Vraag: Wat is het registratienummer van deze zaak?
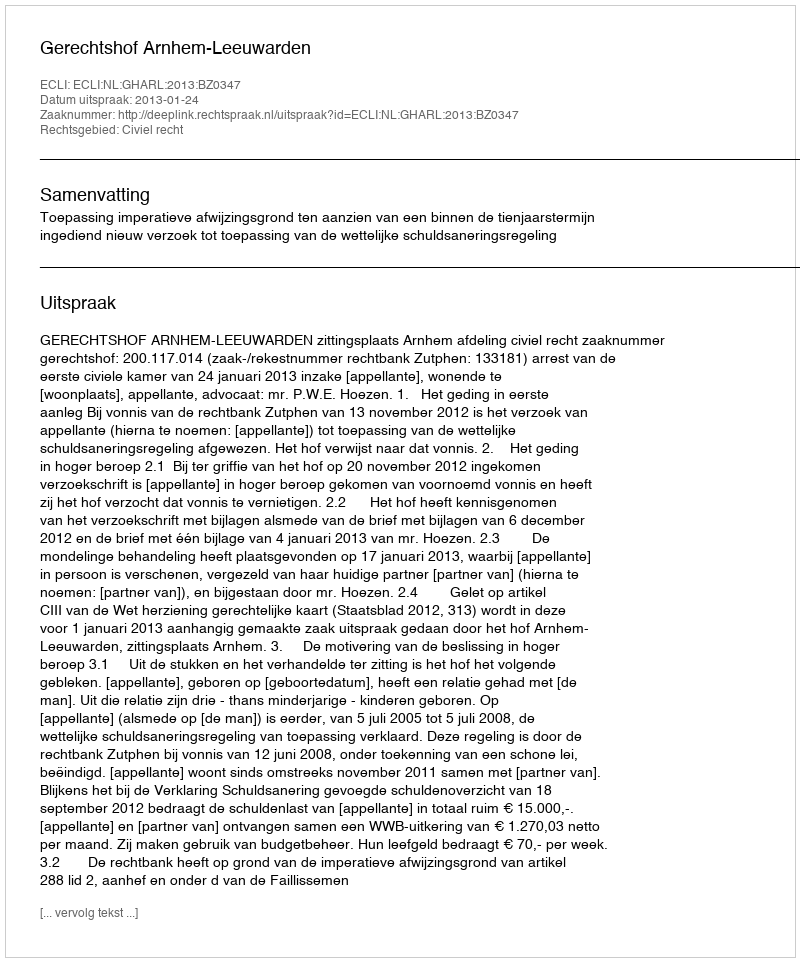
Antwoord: http://deeplink.rechtspraak.nl/uitspraak?id=ECLI:NL:GHARL:2013:BZ0347